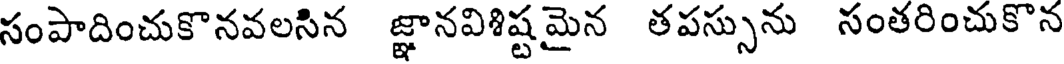
సంపాదించుకొనవలసిన జ్ఞానవిశిష్టమైన తపస్సును సంతరించుకొన